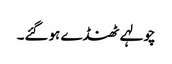
چولہے ٹھنڈے ہوگئے۔